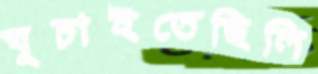
ঘুচাইতেছিলি